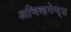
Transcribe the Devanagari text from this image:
अचिव्हमेन्ट्स